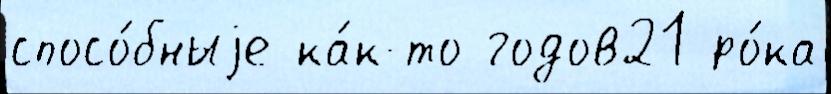
спосо́бныjе ка́к-то годов21 ро́ка